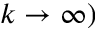
k \to \infty )